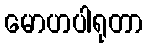
မောဟပါရုတာ